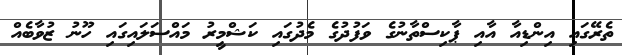
ތެރޭގައި އިންޑިއާ އާއި ޕާކިސްތާނުގެ ވަފުދުގެ މެދުގައި ކަޝްމީރު މައްސަލައިގައި ހޫނު ޒުވާބެއް